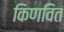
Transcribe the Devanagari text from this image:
किणवित